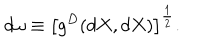
d \omega \equiv \left[ g ^ { D } ( d X , d X ) \right] ^ { \frac { 1 } { 2 } } .